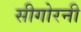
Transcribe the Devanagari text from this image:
सीगोरनी